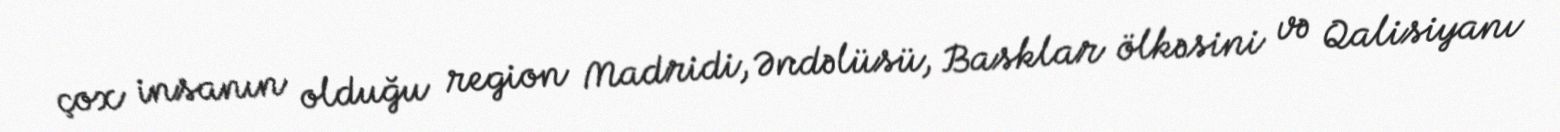
çox insanın olduğu region Madridi, Əndəlüsü, Basklar ölkəsini və Qalisiyanı